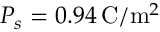
P _ { s } = 0 . 9 4 \, \mathrm { C } / \mathrm { m } ^ { 2 }